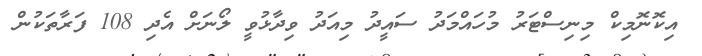
އިކޮނޮމިކް މިނިސްޓަރު މުހައްމަދު ސައީދު މިއަދު ވިދާޅުވީ ލޯނަށް އެދި 108 ފަރާތަކުން